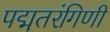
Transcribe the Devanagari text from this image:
पद्मतरंगिणी